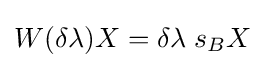
W(\delta \lambda )X=\delta \lambda \;s_{B}X